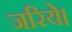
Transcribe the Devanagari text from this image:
जरिये।